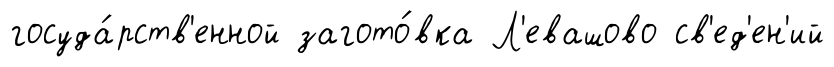
госуда́рств'енной загото́вка Л'евашово св'ед'ен'ий